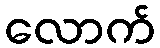
လောက်